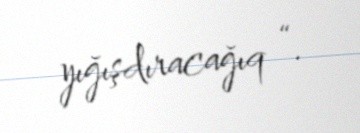
yığışdıracağıq “.